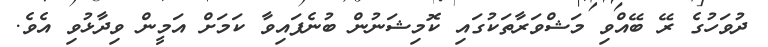
ދުވަހުގެ ރޭ ބޭއްވި މަޝްވަރާތަކުގައި ކޮމިޝަނުން ބުނެފައިވާ ކަމަށް އަމީން ވިދާޅުވި އެވެ.